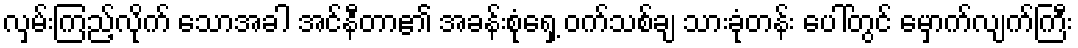
လှမ်းကြည့်လိုက် သောအခါ အင်နီတာ၏ အခန်းစုံရှေ့ ဝက်သစ်ချ သားခုံတန်း ပေါ်တွင် မှောက်လျက်ကြီး